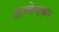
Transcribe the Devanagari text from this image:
अम्बेदकर